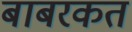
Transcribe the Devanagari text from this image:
बाबरकत